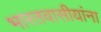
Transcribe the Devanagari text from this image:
भारतवासीयांना